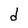
Character: d